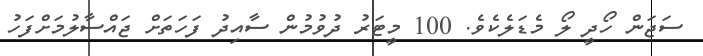
ސަޖަން ހޯދީ ލޯ މެޑަލެކެވެ. 100 މީޓަރު ދުވުމުން ސާއިދު ފަހަތަށް ޖައްސާލުމަށްފަހު